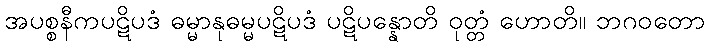
အပစ္စနီကပဋိပဒံ ဓမ္မာနုဓမ္မပဋိပဒံ ပဋိပန္နောတိ ဝုတ္တံ ဟောတိ။ ဘဂဝတော